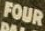
FOUR